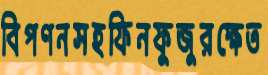
বিপণনসহফিনফুজুরক্ষেত